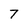
Character: 7